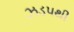
ઝડપથી